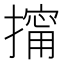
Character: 𱠶